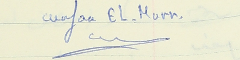
Wafaa EL-Murr